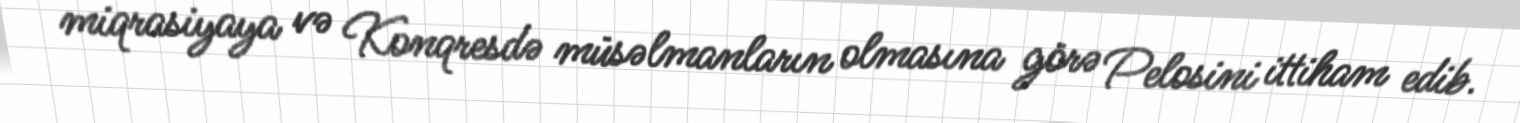
miqrasiyaya və Konqresdə müsəlmanların olmasına görə Pelosini ittiham edib.